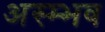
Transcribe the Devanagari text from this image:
अस्म्भव